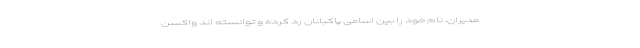
مدیران، نام خود را بین اسامی پاکبانان رد کرده و توانسته اند واکسن